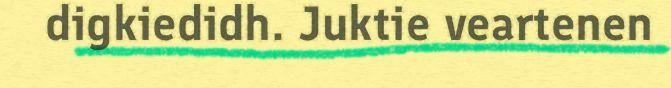
digkiedidh. Juktie veartenen